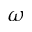
\omega